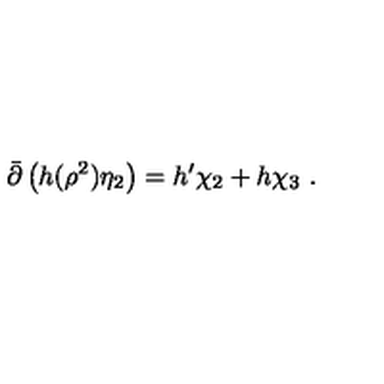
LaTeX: \bar { \partial } \left( h ( \rho ^ { 2 } ) \eta _ { 2 } \right) = h ^ { \prime } \chi _ { 2 } + h \chi _ { 3 } \ .